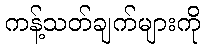
ကန့်သတ်ချက်များကို